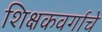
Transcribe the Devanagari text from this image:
शिक्षकवर्गाचे